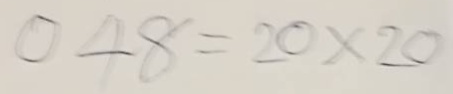
048 = 20x20